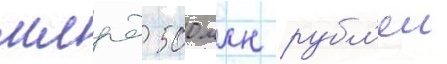
млрд 500 млн рубл'еи